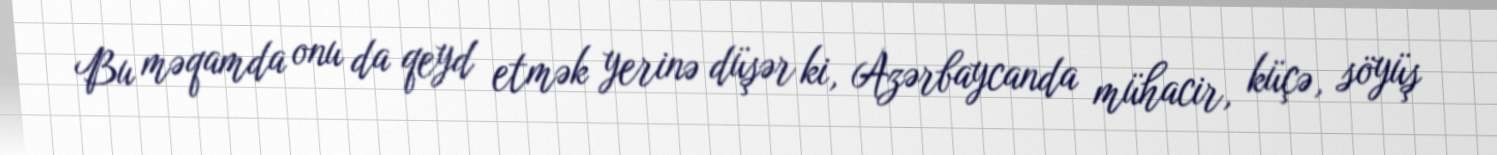
Bu məqamda onu da qeyd etmək yerinə düşər ki, Azərbaycanda mühacir, küçə, söyüş